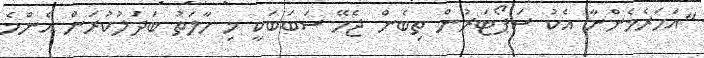
"އަހަރެމެންނާ އެކު ސަޕޯޓަރުން ތިބެން ޖެހޭ ސަބަބަކީ މި ހާލަތު ބަދަލުކުރަން އެންމެ